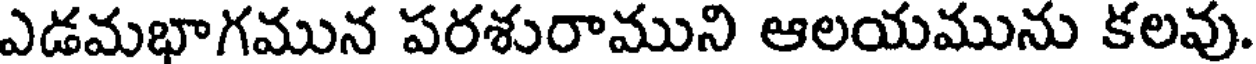
ఎడమభాగమున పరశురాముని ఆలయమును కలవు.